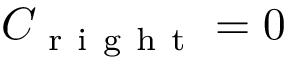
C _ { \mathrm { ~ r ~ i ~ g ~ h ~ t ~ } } = 0